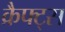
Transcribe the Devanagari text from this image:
क्रैफ्ट्स